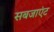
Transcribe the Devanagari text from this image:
सबजाएंट